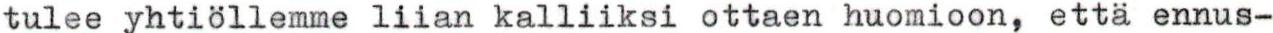
tulee yhtiöllemme liian kalliiksi ottaen huomioon, että ennus-